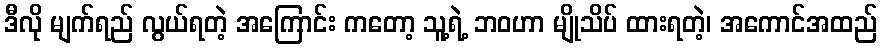
ဒီလို မျက်ရည် လွယ်ရတဲ့ အကြောင်း ကတော့ သူ့ရဲ့ ဘဝဟာ မျိုသိပ် ထားရတဲ့၊ အကောင်အထည်